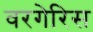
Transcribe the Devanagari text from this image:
वरगेरिस